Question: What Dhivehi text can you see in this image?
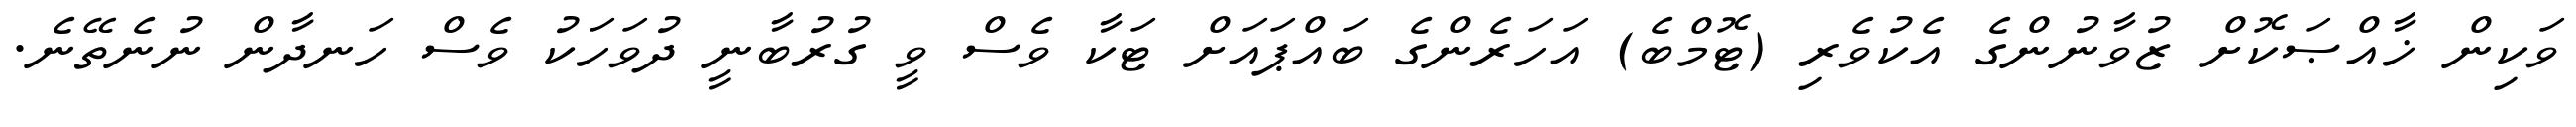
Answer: ވަކިން ޚާއްޞަކޮށް ޒުވާނުންގެ އެކުވެރި (ޓޮމްބެ) އަހަރެންގެ ބައްޕައަށް ޓަކާ ވެސް ވީ ގުރުބާނީ ދުވަހަކު ވެސް ހަނދާން ނުނެތޭނެ.